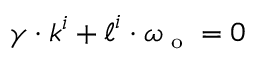
\boldsymbol { \gamma } \cdot \boldsymbol { k } ^ { i } + \boldsymbol { \ell } ^ { i } \cdot \boldsymbol { \omega } _ { \textnormal { \scriptsize o } } = 0